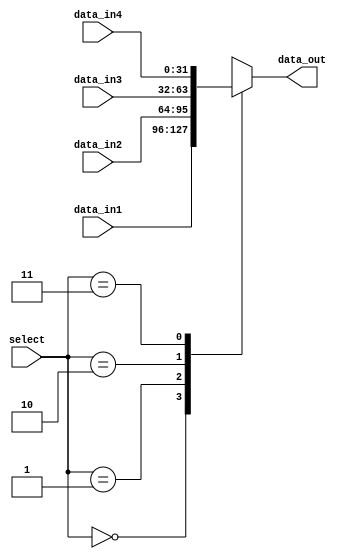
module MUX4 (
    input [31:0] data_in1, data_in2, data_in3, data_in4,
    input [1:0] select,
    output reg [31:0] data_out
);
    always @(*) begin
        case (select)
            0: data_out = data_in1;
            1: data_out = data_in2;
            2: data_out = data_in3;
            3: data_out = data_in4;
            default: data_out = 32'bz;
        endcase
    end
endmodule